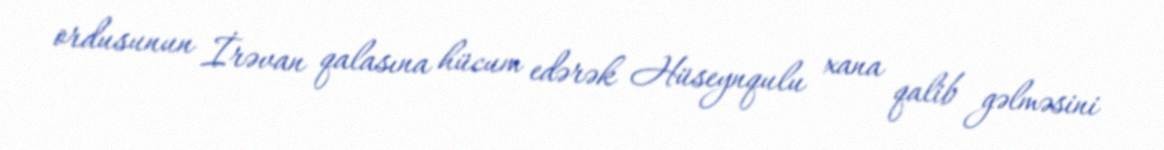
ordusunun İrəvan qalasına hücum edərək Hüseynqulu xana qalib gəlməsini